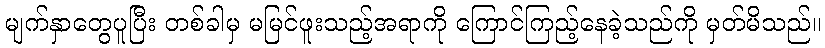
မျက်နှာတွေပူပြီး တစ်ခါမှ မမြင်ဖူးသည့်အရာကို ကြောင်ကြည့်နေခဲ့သည်ကို မှတ်မိသည်။